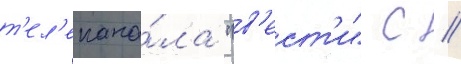
т'ел'екана́ла "в'ест'и" с //